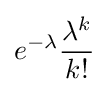
e^{-\lambda }{\frac {\lambda ^{k}}{k!}}